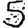
Digit: 5